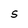
Character: S